Insane asylums in Bengal annual reports 1876-1887 - 1876-1887
Year: 1876
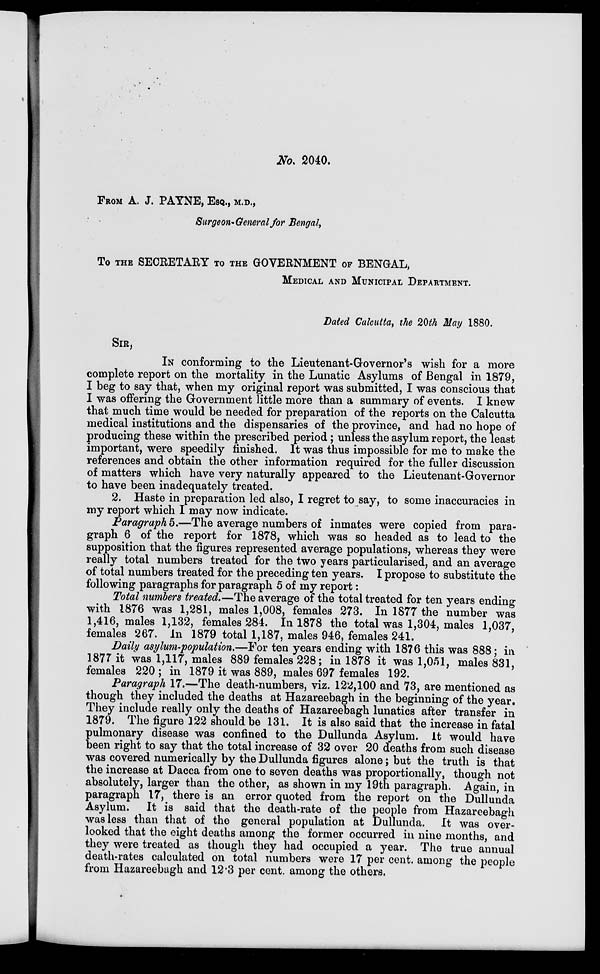
No. 2040.
FROM A. J. PAYNE, ESQ., M.D.,
Surgeon-General for Bengal,
To THE SECRETARY TO THE GOVERNMENT OF BENGAL,
MEDICAL AND MUNICIPAL DEPARTMENT.
Dated Calcutta, the 20th May 1880.
SIR,
IN conforming to the Lieutenant-Governor's wish for a more
complete report on the mortality in the Lunatic Asylums of Bengal in 1879,
I beg to say that, when my original report was submitted, I was conscious that
I was offering the Government little more than a summary of events. I knew
that much time would be needed for preparation of the reports on the Calcutta
medical institutions and the dispensaries of the province, and had no hope of
producing these within the prescribed period ; unless the asylum report, the least
important, were speedily finished. It was thus impossible for me to make the
references and obtain the other information required for the fuller discussion
of matters which have very naturally appeared to the Lieutenant-Governor
to have been inadequately treated.
2. Haste in preparation led also, I regret to say, to some inaccuracies in
my report which I may now indicate.
Paragraph5.—The average numbers of inmates were copied from para-
graph 6 of the report for 1878, which was so headed as to lead to the
supposition that the figures represented average populations, whereas they were
really total numbers treated for the two years particularised, and an average
of total numbers treated for the preceding ten years. I propose to substitute the
following paragraphs for paragraph 5 of my report:
Total numbers treated.—The average of the total treated for ten years ending
with 1876 was 1,281, males 1,008, females 273. In 1877 the number was
1,416, males 1,132, females 284. In 1878 the total was 1,304, males 1,037,
females 267. In 1879 total 1,187, males 946, females 241.
Daily asylum-population.—For ten years ending with 1876 this was 888; in
1877 it was 1,117, males 889 females 228; in 1878 it was 1,051, males 831,
females 220 ; in 1879 it was 889, males 697 females 192.
Paragraph 17.—The death-numbers, viz. 122,100 and 73, are mentioned as
though they included the deaths at Hazareebagh in the beginning of the year.
They include really only the deaths of Hazareebagh lunatics after transfer in
1879. The figure 122 should be 131. It is also said that the increase in fatal
pulmonary disease was confined to the Dullunda Asylum. It would have
been right to say that the total increase of 32 over 20 deaths from such disease
was covered numerically by the Dullunda figures alone; but the truth is that
the increase at Dacca from one to seven deaths was proportionally, though not
absolutely, larger than the other, as shown in my 19th paragraph. Again, in
paragraph 17, there is an error quoted from the report on the Dullunda
Asylum. It is said that the death-rate of the people from Hazareebagh
was less than that of the general population at Dullunda. It was over-
looked that the eight deaths among the former occurred in nine months, and
they were treated as though they had occupied a year. The true annual
death-rates calculated on total numbers were 17 per cent. among the people
from Hazareebagh and 12.3 per cent. among the others.